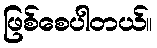
ဖြစ်စေပါတယ်။